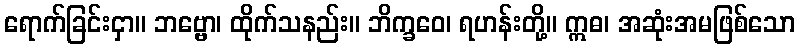
ရောက်ခြင်းငှာ။ ဘဗ္ဗော၊ ထိုက်သနည်း။ ဘိက္ခဝေ၊ ရဟန်းတို့။ ဣဓ၊ အဆုံးအမဖြစ်သော